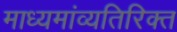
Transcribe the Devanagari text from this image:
माध्यमांव्यतिरिक्त